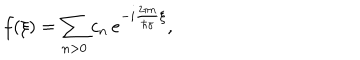
f ( \xi ) = \sum _ { n > 0 } c _ { n } \, e ^ { - i \frac { 2 \pi n } { \hbar \gamma } \xi } ,